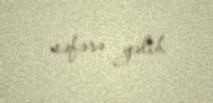
səfərə gəlib.